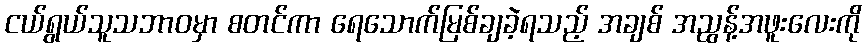
ငယ်ရွယ်သူသဘာဝမှာ စတင်ကာ ရေသောက်မြစ်ချခဲ့ရသည့် အချစ် အညွန့်အဖူးလေးကို